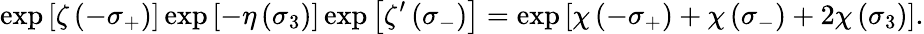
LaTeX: \exp\left[\zeta\left(-\sigma_{+}\right)\right]\exp\left[-\eta\left(\sigma_{3}\right)\right]\exp\left[\zeta^{\prime}\left(\sigma_{-}\right)\right]=\exp\left[\chi\left(-\sigma_{+}\right)+\chi\left(\sigma_{-}\right)+2\chi\left(\sigma_{3}\right)\right].